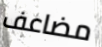
مضاعف